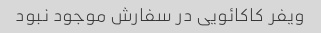
ویفر کاکائویی در سفارش موجود نبود